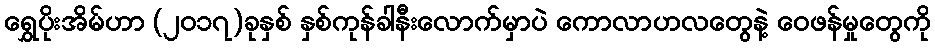
ရွှေပိုးအိမ်ဟာ (၂၀၁၇)ခုနှစ် နှစ်ကုန်ခါနီးလောက်မှာပဲ ကောလာဟလတွေနဲ့ ဝေဖန်မှုတွေကို